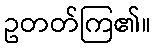
ဥတတ်ကြ၏။